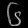
Digit: ၆